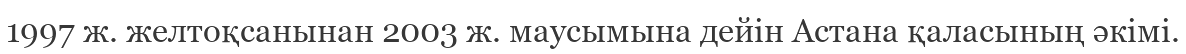
1997 ж. желтоқсанынан 2003 ж. маусымына дейін Астана қаласының әкімі.